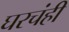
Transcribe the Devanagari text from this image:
घरचंही